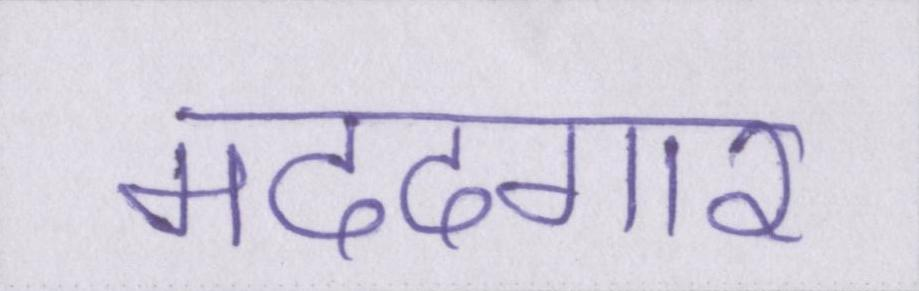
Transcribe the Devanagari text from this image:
मददगार